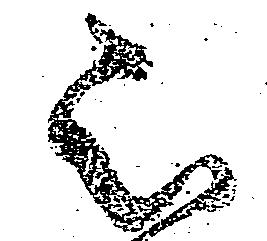
被